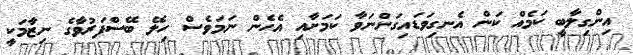
އިންގިލާބީ ކަމެއް ކަން އެނގިވަޑައިގަންނަވާ ކަމަށާއި އެހެން ނަމަވެސް ހިލޭ ބޭސްފަރުވާގެ ނިޒާމަކީ